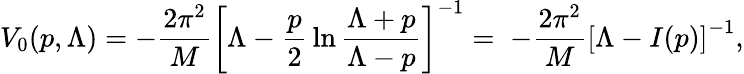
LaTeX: V_{0}(p,\Lambda)=-{\frac{2\pi^{2}}{M}}\left[\Lambda-{\frac{p}{2}}\ln{\frac{\Lambda+p}{\Lambda-p}}\right]^{-1}=\; -{\frac{2\pi^{2}}{M}}\left[\Lambda-I(p)\right]^{-1},